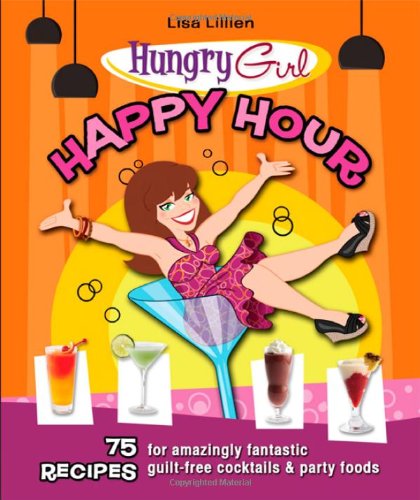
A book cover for Hungry Girl Happy Hour: 75 Recipes for Amazingly Fantastic Guilt-Free Cocktails and Party Foods; Lisa Lillien; Cookbooks, Food & Wine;